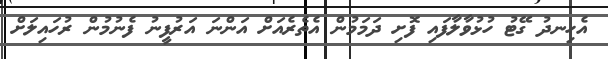
އެހިނދު ގޭޓު ހުޅުވާލާފައި ފޮށި ދަމަމުން އެތެރެއަށް އަންނަ އަރުފީނު ފެނުމުން ރުހައިލަށް